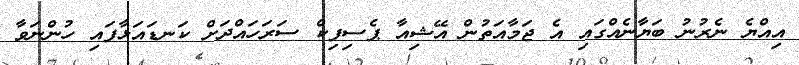
އިއްޔެ ނެރުނު ބަޔާނެއްގައި އެ ޖަމާއަތުން އޭޝިއާ ޕެސިފިކް ސަރަހައްދަށް ކަނޑައަޅާފައި ހުންނަވާ